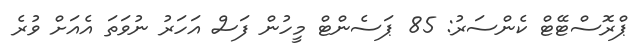
ޕްރޮސްޓޭޓް ކެންސަރު: 85 ޕަސެންޓް މީހުން ފަސް އަހަރު ނުވަތަ އެއަށް ވުރެ